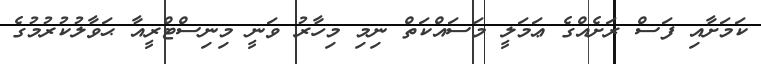
ކަމަށާއި ފަސް ރަށެއްގެ ޢަމަލީ މަސައްކަތް ނިމި މިހާރު ވަނީ މިނިސްޓްރީއާ ޙަވާލުކުރުމުގެ